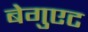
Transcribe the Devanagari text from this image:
बेगुएट